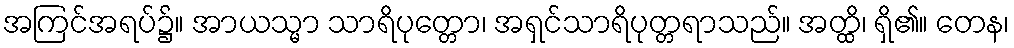
အကြင်အရပ်၌။ အာယသ္မာ သာရိပုတ္တော၊ အရှင်သာရိပုတ္တရာသည်။ အတ္ထိ၊ ရှိ၏။ တေန၊